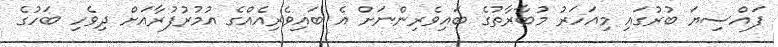
ފައްސިޔަ ބުރުގައި މިއަހަރު މުބާރާތުގެ ބައިވެރިންނަށް އެ ބައިވެރިއެއްގެ އުމުރުފުރާއަށް ދިވެހި ބަހުގެ